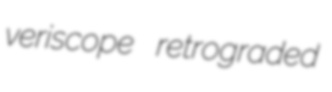
veriscope retrograded